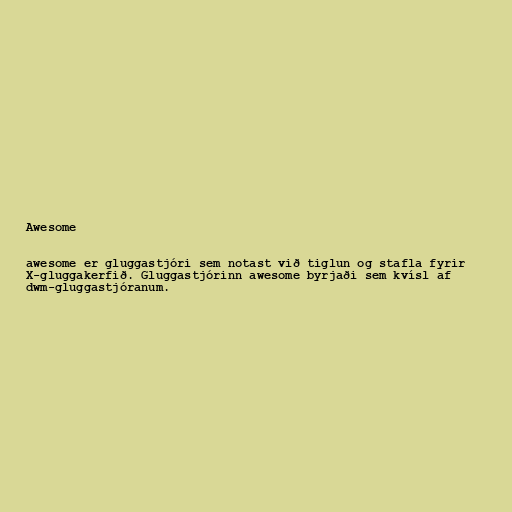
Awesome

awesome er gluggastjóri sem notast við tiglun og stafla fyrir
X-gluggakerfið. Gluggastjórinn awesome byrjaði sem kvísl af
dwm-gluggastjóranum.